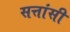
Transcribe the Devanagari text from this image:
सत्तांसी